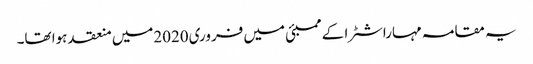
یہ مقامہ مہاراشٹرا کے ممبئی میں فروری2020میں منعقد ہوا تھا۔